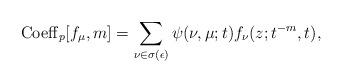
LaTeX: \begin{align*}{\rm Coeff}_p[f_{\mu},m]=\sum_{\nu \in \sigma(\epsilon)}\psi(\nu,\mu;t)f_{\nu}(z;t^{-m},t),\end{align*}